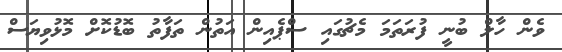
ވެން ހާލް ބުނީ ފުރަތަމަ މެޗުގައި ސްޕެއިން އަތުން ތަފާތު ބޮޑުކޮށް މޮޅުވިޔަސް